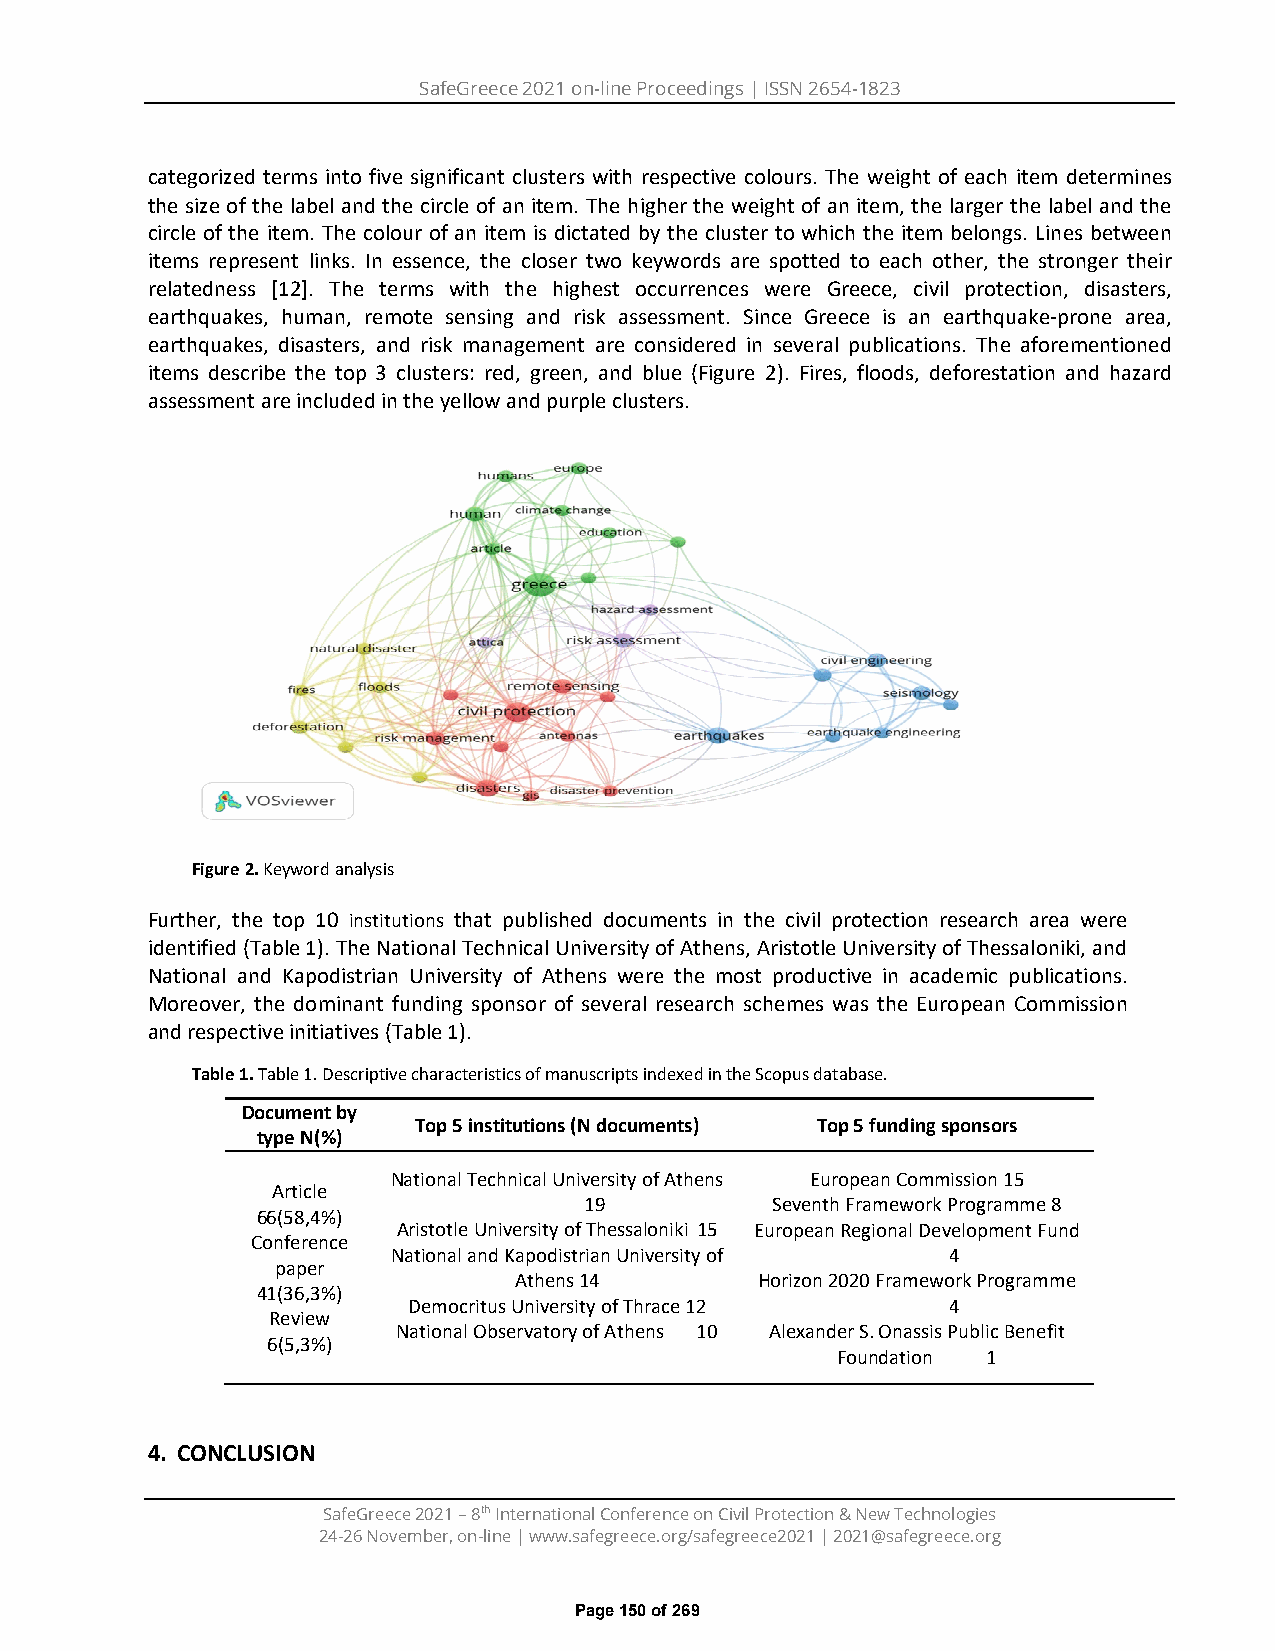
SafeGreece 2021 on-line Proceedings | ISSN 2654-1823
 categorized terms into five significant clusters with respective colours. The weight of each item determines
 the size of the label and the circle of an item. The higher the weight of an item, the larger the label and the
 circle of the item. The colour of an item is dictated by the cluster to which the item belongs. Lines between
 items represent links. In essence, the closer two keywords are spotted to each other, the stronger their
 relatedness [12]. The terms with the highest occurrences were Greece, civil protection, disasters,
 earthquakes, human, remote sensing and risk assessment. Since Greece is an earthquake-prone area,
 earthquakes, disasters, and risk management are considered in several publications. The aforementioned
 items describe the top 3 clusters: red, green, and blue (Figure 2). Fires, floods, deforestation and hazard
 assessment are included in the yellow and purple clusters.
 Figure 2. Keyword analysis
 Further, the top 10 institutions that published documents in the civil protection research area were
 identified (Table 1). The National Technical University of Athens, Aristotle University of Thessaloniki, and
 National and Kapodistrian University of Athens were the most productive in academic publications.
 Moreover, the dominant funding sponsor of several research schemes was the European Commission
 and respective initiatives (Table 1).
 Table 1. Table 1. Descriptive characteristics of manuscripts indexed in the Scopus database.
 Document by
 Top 5 institutions (N documents) Top 5 funding sponsors
 type N(%)
 National Technical University of Athens European Commission 15
 Article
 19          Seventh Framework Programme 8
 66(58,4%)
 Aristotle University of Thessaloniki 15 European Regional Development Fund
 Conference
 National and Kapodistrian University of 4
 paper
 Athens 14       Horizon 2020 Framework Programme
 41(36,3%)
 Democritus University of Thrace 12  4
 Review
 National Observatory of Athens 10 Alexander S. Onassis Public Benefit
 6(5,3%)
 Foundation 1
 4. CONCLUSION
 SafeGreece 2021 – 8th International Conference on Civil Protection & New Technologies
 24-26 November, on-line | www.safegreece.org/safegreece2021 | 2021@safegreece.org
 Page 150 of 269